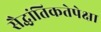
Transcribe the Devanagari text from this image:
सैद्धांतिकतेपेक्षा